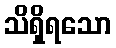
သိရှိရသော